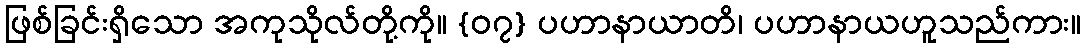
ဖြစ်ခြင်းရှိသော အကုသိုလ်တို့ကို။ {၀၇} ပဟာနာယာတိ၊ ပဟာနာယဟူသည်ကား။